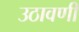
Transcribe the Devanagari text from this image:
उठावणी